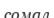
сомал